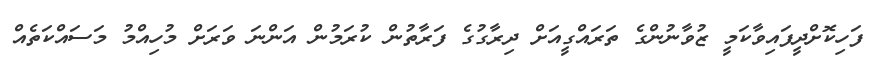
ފަހިކޮށްދީފައިވާކަމީ ޒުވާނުންގެ ތަރައްގީއަށް ދިރާގުގެ ފަރާތުން ކުރަމުން އަންނަ ވަރަށް މުހިއްމު މަސައްކަތެއް